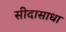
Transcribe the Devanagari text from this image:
सीदासाधा